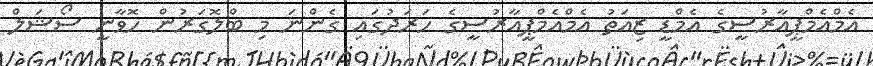
އެމްއެމްޕީއާރުސީގެ އެމްޑީ ޒިއަތު އެމްއެމްޕީއާރުސީގެ ހަރަދުގައި ގެންނަ މި ބްލޮގަރުން ހޮވާނީ ސޯޝަލް